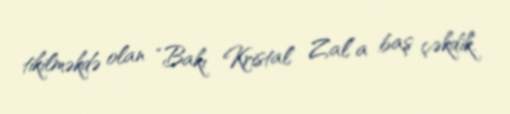
tikilməkdə olan “Bakı Kristal Zal”a baş çəkdik.